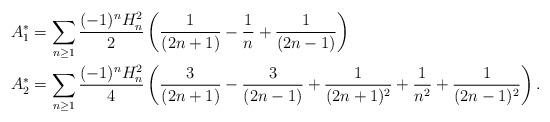
LaTeX: \begin{align*} A_1^{\ast} & = \sum_{n \geq 1} \frac{(-1)^n H_n^2}{2} \left(\frac{1}{(2n+1)} - \frac{1}{n} + \frac{1}{(2n-1)}\right) \\ A_2^{\ast} & = \sum_{n \geq 1} \frac{(-1)^n H_n^2}{4} \left(\frac{3}{(2n+1)} - \frac{3}{(2n-1)} + \frac{1}{(2n+1)^2} + \frac{1}{n^2} + \frac{1}{(2n-1)^2}\right). \end{align*}